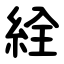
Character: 絟